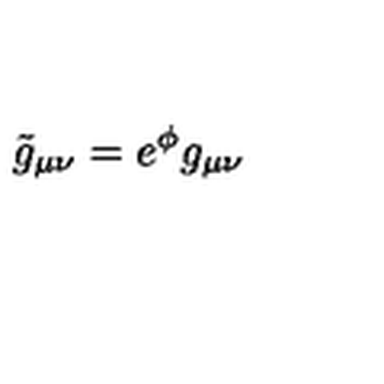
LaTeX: \tilde { g } _ { \mu \nu } = e ^ { \phi } g _ { \mu \nu }